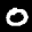
Label: 0